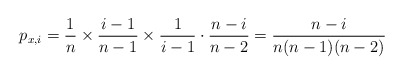
\begin{align*}p_{x,i}=\frac1n\times \frac{i-1}{n-1}\times \frac{1}{i-1}\cdot \frac{n-i}{n-2}=\frac{n-i}{n(n-1)(n-2)}\end{align*}